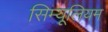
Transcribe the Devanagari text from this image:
सिम्यूलियम